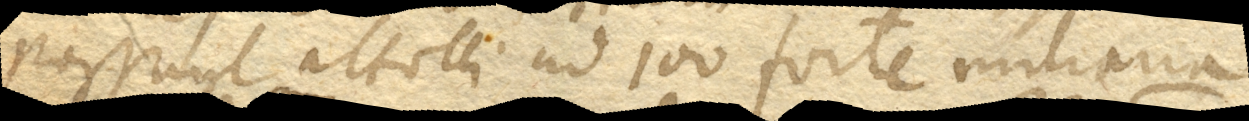
Possunt attolli ad 100 forte miliaria